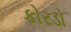
કોરડો